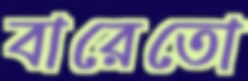
বারেতো